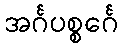
အင်္ဂပစ္စင်္ဂေ